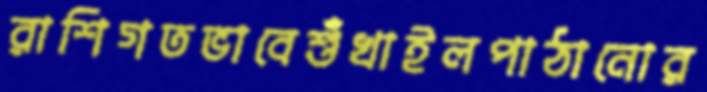
রাশিগতভাবেশুঁখাইলপাঠানোর